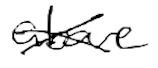
Text: above
Cross-out: cross
Writing tool: digital_black